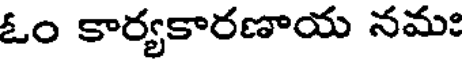
ఓం కార్యకారణాయ నమః